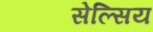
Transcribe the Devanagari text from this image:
सेल्सिय